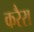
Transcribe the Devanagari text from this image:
करैरा